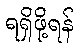
ရရှိဖို့ရန်